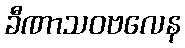
ခီဏာသဝဗလေန